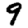
Digit: 9